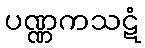
ပဏ္ဏကသဋံ